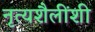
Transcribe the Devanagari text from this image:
नृत्यशैलींशी